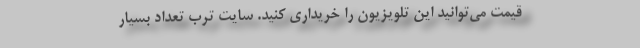
قیمت می‌توانید این تلویزیون را خریداری کنید. سایت ترب تعداد بسیار